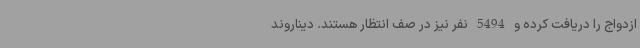
ازدواج را دریافت کرده و 5494 نفر نیز در صف انتظار هستند. دیناروند